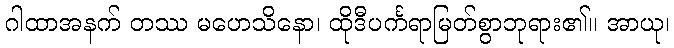
ဂါထာအနက် တဿ မဟေသိနော၊ ထိုဒီပင်္ကရာမြတ်စွာဘုရား၏။ အာယု၊